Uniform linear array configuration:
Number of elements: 48
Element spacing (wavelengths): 0.5
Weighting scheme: hamming
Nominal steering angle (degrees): -45
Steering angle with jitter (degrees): -45.445
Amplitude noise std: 0.05
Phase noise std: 0.05

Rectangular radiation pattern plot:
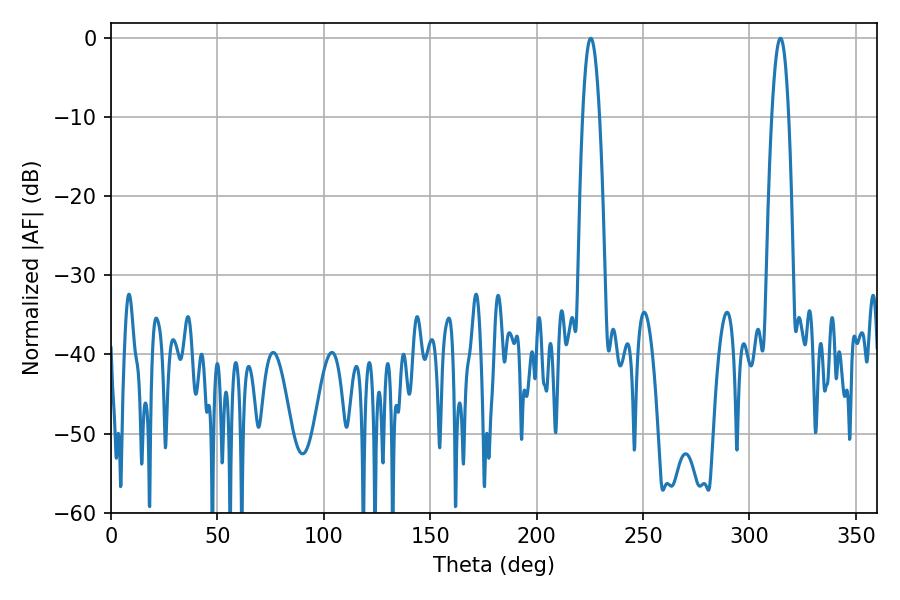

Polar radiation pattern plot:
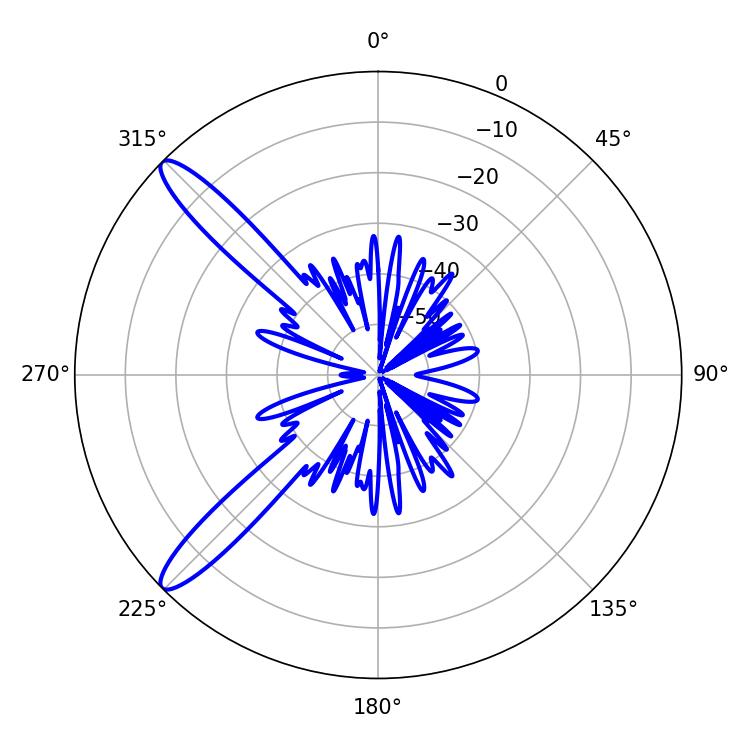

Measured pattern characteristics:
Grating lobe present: FALSE
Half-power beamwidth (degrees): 4.32
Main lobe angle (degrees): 225.36